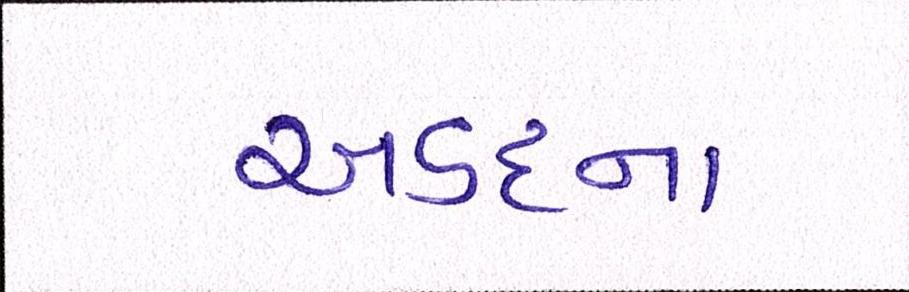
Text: અડદના